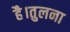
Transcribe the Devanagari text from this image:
है।तुलना